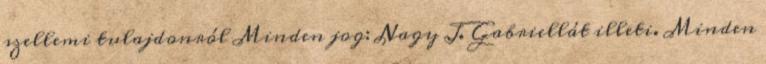
szellemi tulajdonról Minden jog: Nagy J. Gabriellát illeti. Minden